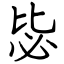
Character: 毖